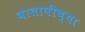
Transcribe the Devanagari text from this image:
वातापीच्या